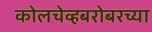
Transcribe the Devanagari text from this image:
कोलचेव्हबरोबरच्या